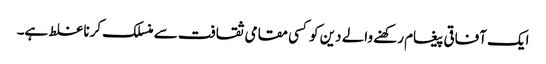
ایک آفاقی پیغام رکھنے والے دین کو کسی مقامی ثقافت سے منسلک کرنا غلط ہے۔